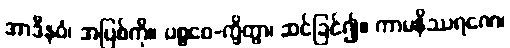
အာဒီနဝံ၊ အပြစ်ကို။ ပစ္စဝေ-က္ခိတွာ၊ ဆင်ခြင်၍။ ကာမနိဿရဏေ၊